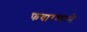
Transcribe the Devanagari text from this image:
फवारण्याने